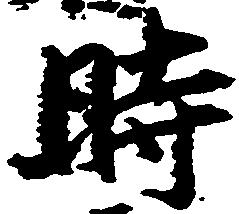
時